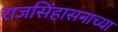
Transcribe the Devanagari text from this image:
राजसिंहासनाच्या